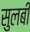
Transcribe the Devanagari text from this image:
सुलबी